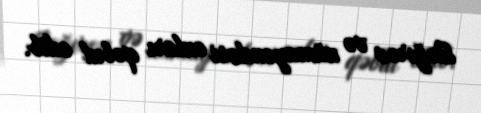
Bağırov və nümayəndəsi onları qəbul edib.